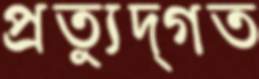
প্রত্যুদ্‌গত